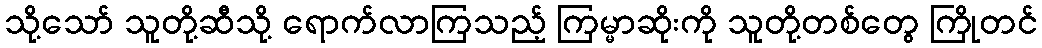
သို့သော် သူတို့ဆီသို့ ရောက်လာကြသည့် ကြမ္မာဆိုးကို သူတို့တစ်တွေ ကြိုတင်